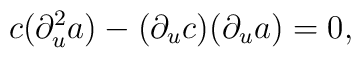
c(\partial^2_u a)-(\partial_u c)(\partial_u a)=0 ,